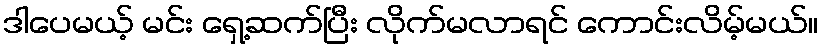
ဒါပေမယ့် မင်း ရှေ့ဆက်ပြီး လိုက်မလာရင် ကောင်းလိမ့်မယ်။